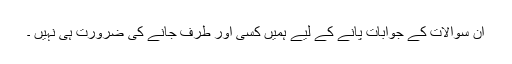
اِن سوالات کے جوابات پانے کے لیے ہمیں کِسی اور طرف جانے کی ضرورت ہی نہیں ۔